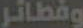
وفطائر